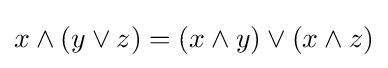
x\wedge (y\vee z)=(x\wedge y)\vee (x\wedge z)